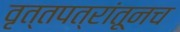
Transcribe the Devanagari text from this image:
वृत्तपत्रांतूनच